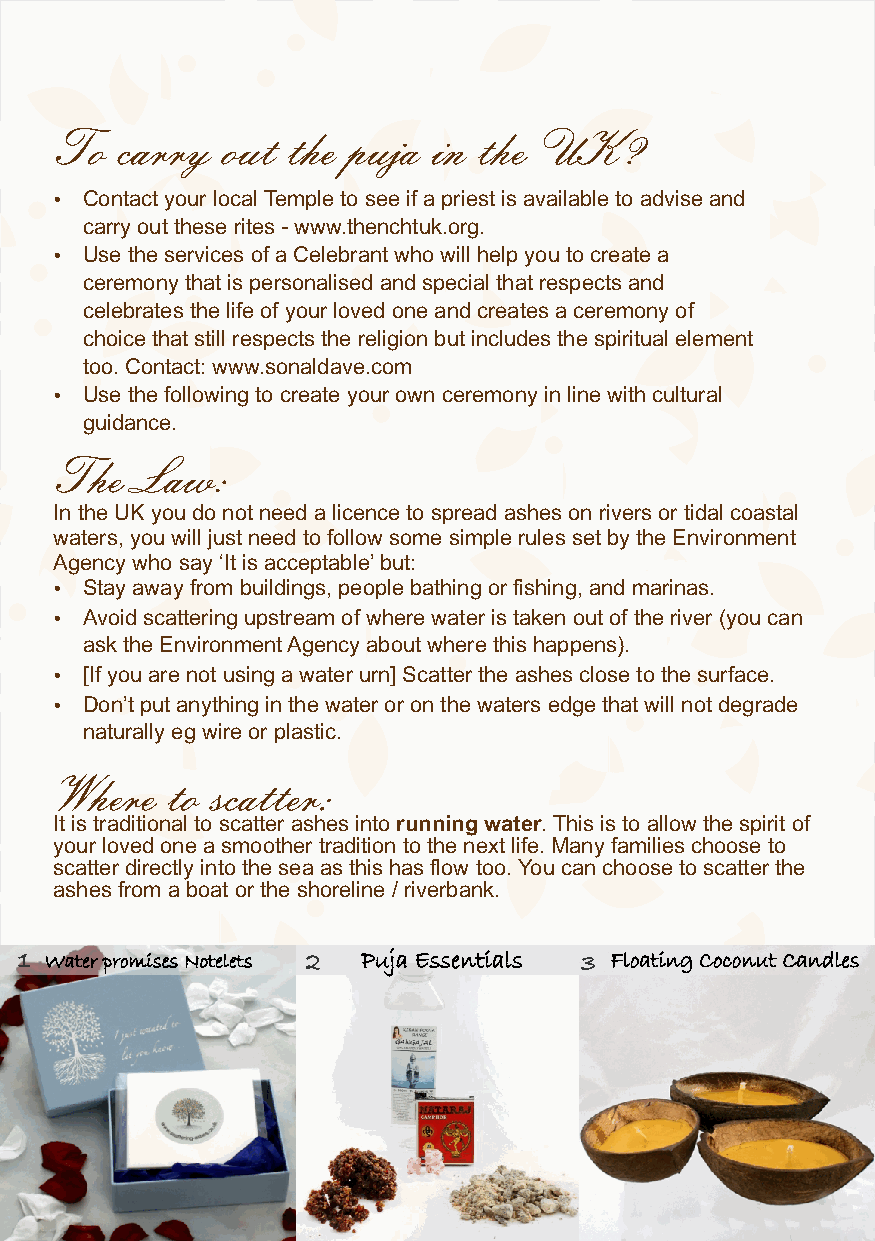
To  carry  out the puja  in the UK?
 Ÿ Contact your local Temple to see if a priest is available to advise and
 carry out these rites - www.thenchtuk.org.
 Ÿ Use the services of a Celebrant who will help you to create a
 ceremony that is personalised and special that respects and
 celebrates the life of your loved one and creates a ceremony of
 choice that still respects the religion but includes the spiritual element
 too. Contact: www.sonaldave.com
 Ÿ Use the following to create your own ceremony in line with cultural
 guidance.
 The  Law:
 In the UK you do not need a licence to spread ashes on rivers or tidal coastal
 waters, you will just need to follow some simple rules set by the Environment
 Agency who say ‘It is acceptable’ but:
 Ÿ Stay away from buildings, people bathing or fishing, and marinas.
 Ÿ Avoid scattering upstream of where water is taken out of the river (you can
 ask the Environment Agency about where this happens).
 Ÿ [If you are not using a water urn] Scatter the ashes close to the surface.
 Ÿ Don’t put anything in the water or on the waters edge that will not degrade
 naturally eg wire or plastic.
 Where  to scatter:
 It is traditional to scatter ashes into running water. This is to allow the spirit of
 your loved one a smoother tradition to the next life. Many families choose to
 scatter directly into the sea as this has flow too. You can choose to scatter the
 ashes from a boat or the shoreline / riverbank.
 1 Water promises Notelets 2 Puja Essentials 3 Floating Coconut Candles